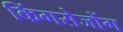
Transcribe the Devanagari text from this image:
किंगसेजोंग